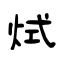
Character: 烒